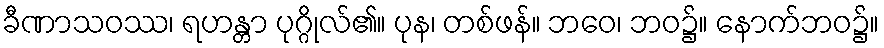
ခီဏာသဝဿ၊ ရဟန္တာ ပုဂ္ဂိုလ်၏။ ပုန၊ တစ်ဖန်။ ဘဝေ၊ ဘဝ၌။ နောက်ဘဝ၌။